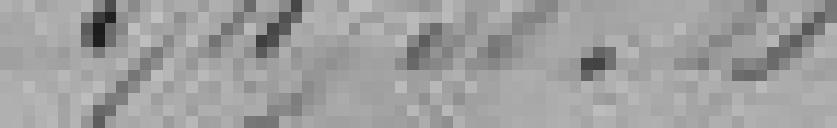
574.758,69